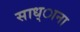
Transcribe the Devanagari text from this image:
साध्ाना